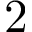
2